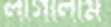
লাগালাম